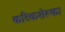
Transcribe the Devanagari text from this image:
कटिकशेरूका